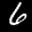
Label: 6